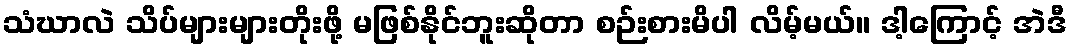
သံဃာလဲ သိပ်များများတိုးဖို့ မဖြစ်နိုင်ဘူးဆိုတာ စဉ်းစားမိပါ လိမ့်မယ်။ ဒါ့ကြောင့် အဲဒီ